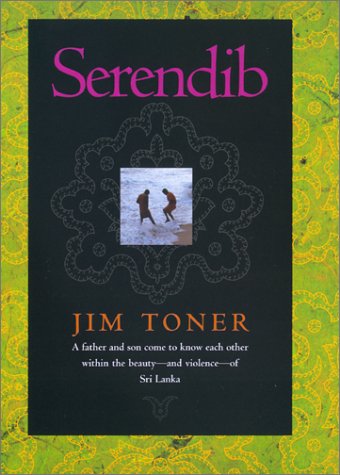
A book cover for Serendib; Jim Toner; Travel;